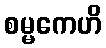
စမ္မကေဟိ